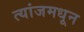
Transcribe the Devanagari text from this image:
त्यांजमधून